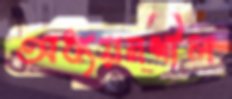
অধ্যয়নশীল